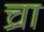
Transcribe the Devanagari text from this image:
च्रा